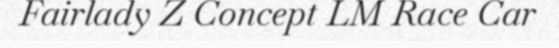
Fairlady Z Concept LM Race Car